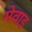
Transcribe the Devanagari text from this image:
मेवाइ